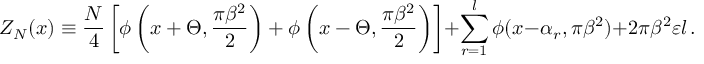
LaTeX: Z _ { N } ( x ) \equiv \frac { N } { 4 } \left[ \phi \left( x + \Theta , \frac { \pi \beta ^ { 2 } } { 2 } \right) + \phi \left( x - \Theta , \frac { \pi \beta ^ { 2 } } { 2 } \right) \right] + \sum _ { r = 1 } ^ { l } \phi ( x - \alpha _ { r } , \pi \beta ^ { 2 } ) + 2 \pi \beta ^ { 2 } \varepsilon l \, .